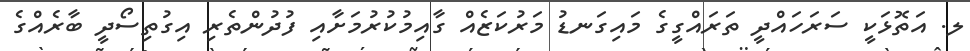
ލ. އަތޮޅަކީ ސަރަހައްދީ ތަރައްގީގެ މައިގަނޑު މަރުކަޒެއް ގާއިމުކުރުމަށާއި ފުދުންތެރި އިގުތިސޯދީ ބާރެއްގެ